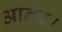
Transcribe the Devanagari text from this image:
आनेर।